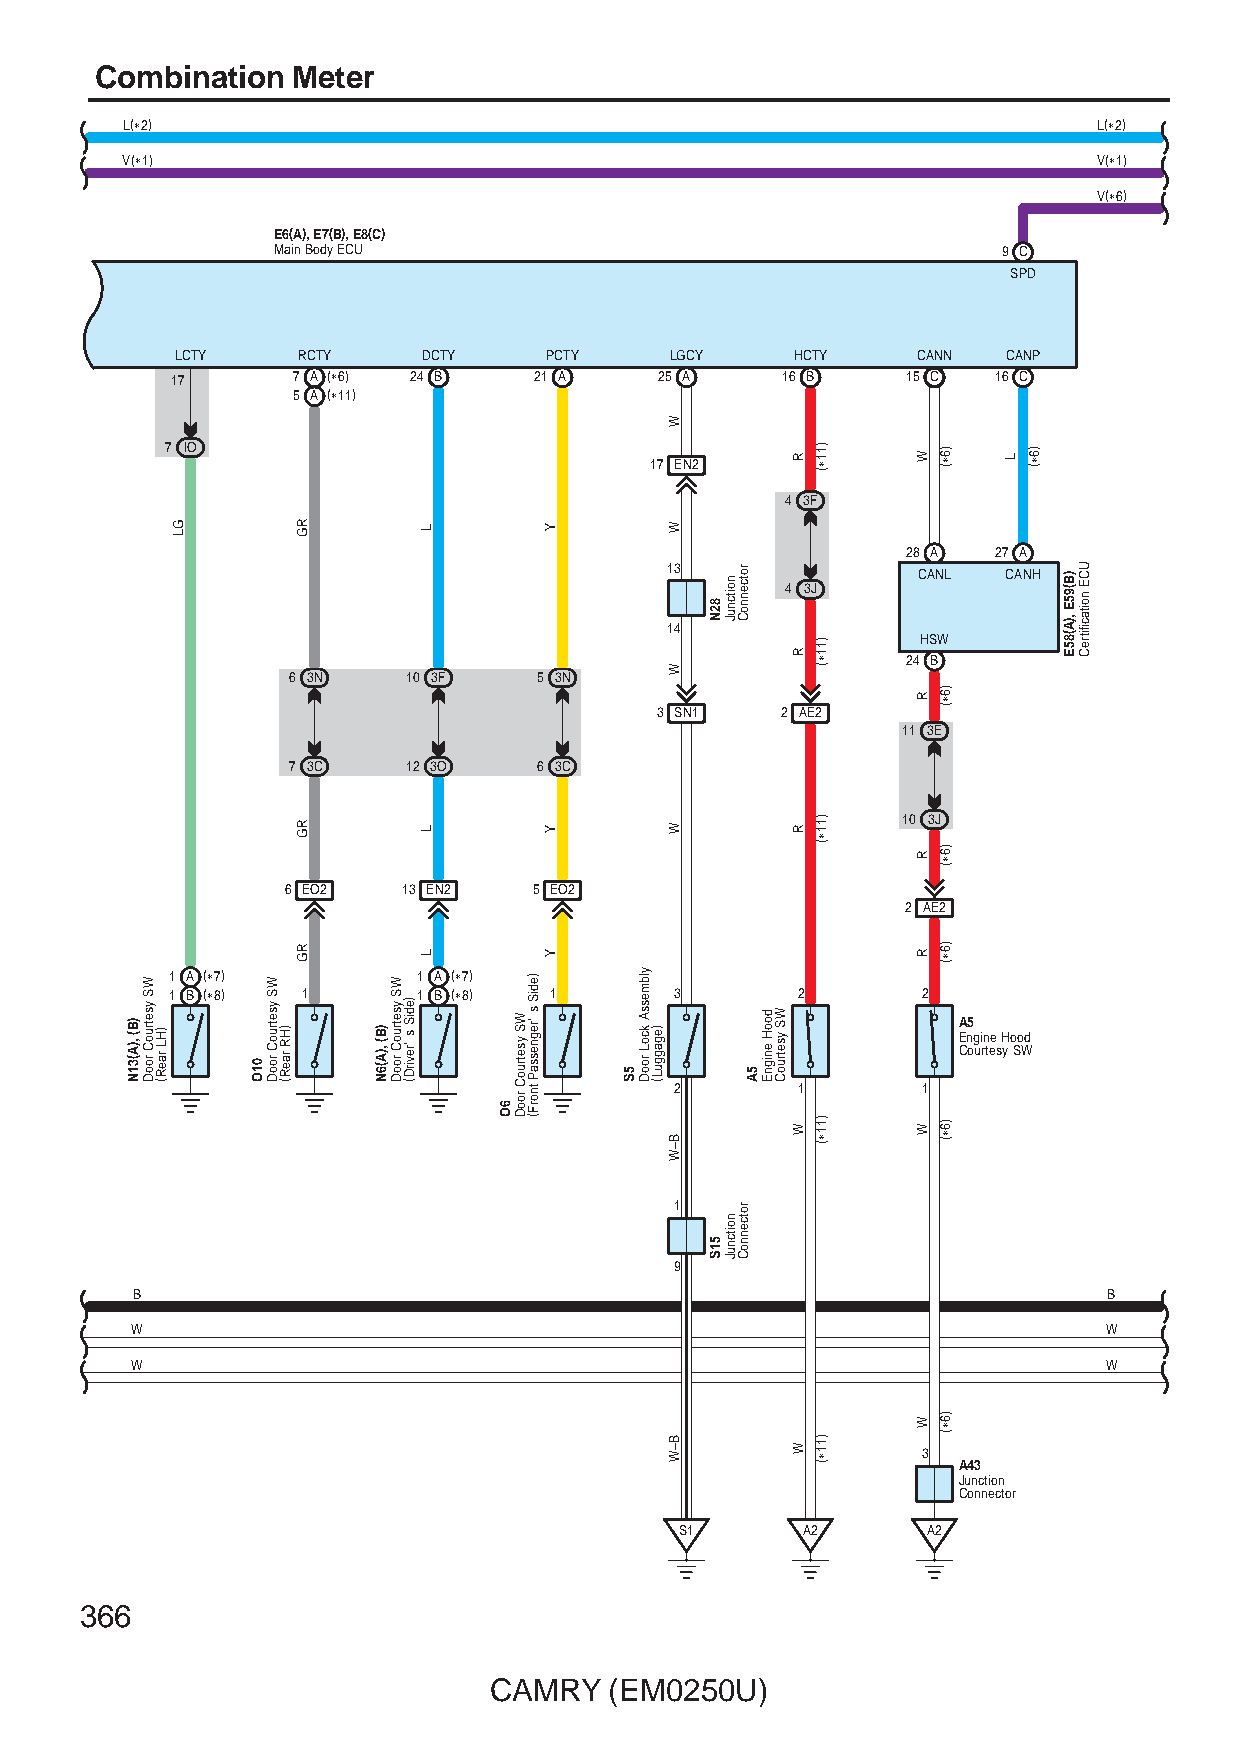
Combination  Meter
 L(∗2)                                                            L(∗2)
 V(∗1)                                                            V(∗1)
 V(∗6)
 E6(A), E7(B), E8(C)
 Main Body ECU                                   9 C
 SPD
 LCTY    RCTY    DCTY    PCTY    LGCY     HCTY    CANN  CANP
 17      7 A (∗6) 24 B   21 A     25 A    16 B    15 C  16 C
 5 A (∗11)
 7 IO                            17 EN2
 4 3F
 28 A  27 A
 13               CANL  CANH
 4 3J
 14
 HSW
 24 B
 6 3N    10 3F    5 3N
 3 SN1    2 AE2
 11 3E
 7 3C    12 3O    6 3C
 10 3J
 6 EO2   13 EN2  5 EO2
 2 AE2
 1 A (∗7)         1 A (∗7)
 1 B (∗8) 1       1 B (∗8) 1       3       2       2
 A5
 Engine Hood Courtesy SW
 2       1       1
 1
 9
 B                                                               B
 W                                                               W
 W                                                               W
 3
 A43
 Junction
 Connector
 S1      A2      A2
 366
 CAMRY   (EM0250U)
 )B(
 ,)A(31N
 WS
 ysetruoC
 rooD )HL raeR(
 GL
 01O
 WS
 ysetruoC
 rooD )HR raeR(
 RG
 RG
 RG
 )B( ,)A(6N
 WS
 ysetruoC
 rooD
 )ediS
 s 'revirD(
 L
 L
 L
 6O
 WS
 ysetruoC
 rooD
 )ediS
 s 'regnessaP
 tnorF(
 Y
 Y
 Y
 5S
 ylbmessA
 kcoL rooD )egagguL(
 W
 W
 W
 W
 B–W
 B–W
 82N
 51S
 noitcnuJ
 noitcnuJ
 rotcennoC
 rotcennoC
 5A
 dooH
 enignE
 WS
 ysetruoC
 R
 R
 R
 W
 W
 )11∗(
 )11∗(
 )11∗(
 )11∗(
 )11∗(
 W
 R
 R
 R
 W
 W
 )6∗(
 )6∗(
 )6∗(
 )6∗(
 )6∗(
 )6∗(
 L )6∗(
 )B(95E
 ,)A(85E
 UCE
 noitacifitreC